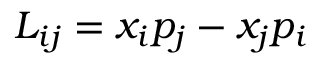
L _ { i j } = x _ { i } p _ { j } - x _ { j } p _ { i }